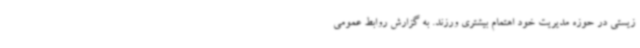
زیستی در حوزه مدیریت خود اهتمام بیشتری ورزند. به گزارش روابط عمومی